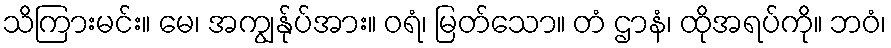
သိကြားမင်း။ မေ၊ အကျွန်ုပ်အား။ ဝရံ၊ မြတ်သော။ တံ ဌာနံ၊ ထိုအရပ်ကို။ ဘဝံ၊